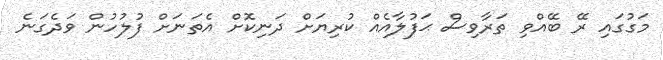
މަގުގައި ރޭ ބޭއްވި ތަރާވިސް ޙަފުލާއެއް ކުރިޔަށް ދަނިކޮށް އެތަނަށް ފުލުހުން ވަދެގަނެ